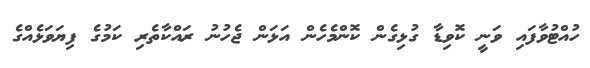
ހުއްޓުވާފައި ވަނީ ކޮވިޑާ ގުޅިގެން ކޮންމެހެން އަޅަން ޖެހުނު ރައްކާތެރި ކަމުގެ ފިޔަވަޅެއްގެ